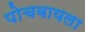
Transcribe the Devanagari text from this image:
पोचवायला